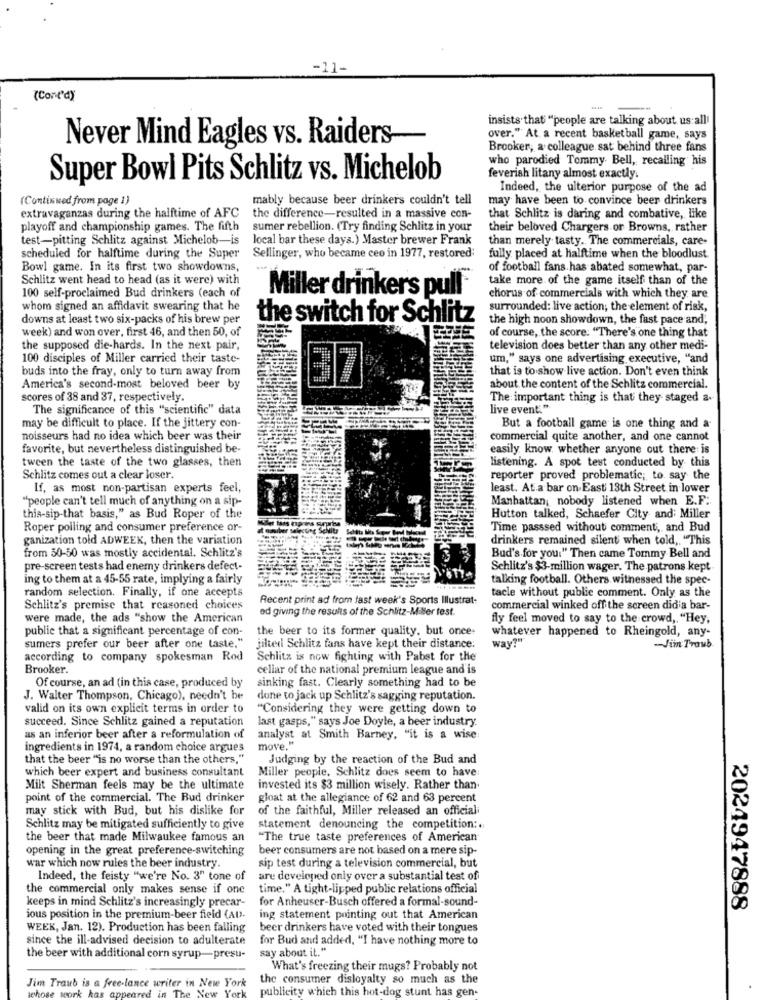
-11-
(Cont'd)
insists that "people are talking about us all'
-
over." At. a recent basketball game, says
Never Mind Eagles vs. Raiders
Brooker, a colleague sat behind three fans
who parodied Tommy Bell, recalling his
Super Bowl Pits Schlitz vs. Michelob
feverish litany almost exactly.
Indeed, the ulterior purpose of the ad
(Continued from page 1)
mably because beer drinkers couldn't tell
may have been to convince beer drinkers
extravaganzas during the halftime of AFC
the difference-resulted in a massive con-
that Schlitz is daring and combative, like
playoff and championship games. The fifth
sumer rebellion. (Try finding Schlitz in your
their beloved Chargers or Browns, rather
test-pitting Schlitz against Michelob-is
local bar these days.) Master brewer Frank
than merely tasty. The commercials, care-
scheduled for halftime during the Super
Sellinger, who became ceo in 1977, restored;
fully placed at halftime when the bloodlust
Bowl game. In its first two showdowns,
of football fans. has abated somewhat, par-
Schlitz went head to head (as it were) with
take more of the game itself than of the
100 self-proclaimed Bud drinkers (each of
Miller drinkers pull*
chorus of commercials with which they are
whom signed an affidavit swearing that he
surrounded: live action; the element of risk,
downs at least two six-packs of his brew per
the switch for Schlitz
the high noon showdown, the fast pace and,
week) and won over, first 46, and then 50, of
of course, the score. "There's one thing that
the supposed die-hards. In the next pair,
television does better than any other medi-
100 disciples of Miller carried their taste-
um," says one advertising executive, "and
buds into the fray, only to turn away from
that is to show live action. Don't even think
America's second-most beloved beer by
about the content of the Schlitz commercial.
scores of 38 and 37, respectively.
The important thing is that they staged a.
The significance of this "scientific" data
live event."
may be difficult to place. If the jittery con-
But a football game is one thing and a
noisseurs had no idea which beer was their
commercial quite another, and one cannot
favorite, but nevertheless distinguished be-
easily know whether anyone out there is
tween the taste of the two glasses, then
listening. A spot test conducted by this
Schlitz comes out a clear loser.
reporter proved problematic; to say the
If, as most non-partisan experts feel,
least. At a bar on East 13th Street in lower
"people can't tell much of anything on a sip-
Manhattan, nobody listened when E.F.
this-sip-that basis," as Bud Roper of the
Hutton talked, Schaefer City and: Miller
Roper polling and consumer preference or-
Time passsed without comment, and Bud
ganization told ADWEEK, then the variation
drinkers remained silent when told, "This
from 50-50 was mostly accidental. Schlitz's
Buď's for you." Then came Tommy Bell and
pre-screen tests had enemy drinkers defect-
Schlitz's $3-million wager. The patrons kept
ing to them at a 45-55 rate, implying a fairly
talking football. Others witnessed the spec-
random selection. Finally, if one accepts
tacle without public comment. Only as the
Recent print ad from fast week's Sports Illustrat-
Schlitz's premise that reasoned choices
ed giving the results of the Schlitz-Miller test.
commercial winked off the screen didia bar-
were made, the ads "show the American
fly feel moved to say to the crowd, "Hey,
publie that a significant percentage of con-
the beer to its former quality. but once-
whatever happened to Rheingold, any-
Way?"
sumers prefer our beer after one taste."
jilted Schlitz fans have kept their distance.
-Jin Traub
according to company spokesman Rod
Schlitz is now fighting with Pabst for the
Brooker.
cellar of the national premium league and is
Of course, an ad (in this case, produced by
sinking fast. Clearly something had to be
J. Walter Thompson, Chicago), needn't be
done to jack up Schlitz's sagging reputation.
valid on its own explicit terms in order to
"Considering they were getting down to
last gasps," says Joe Doyle, a beer industry.
succeed. Since Schlitz gained a reputation
as an inferior beer after a reformulation of
analyst at Smith Barney, "it is a wise
ingredients in 1974, a random choice argues
move."
that the beer "is no worse than the others,"
Judging by the reaction of the Bud and
which beer expert and business consultant
Miller people, Schlitz does seem to have
Milt Sherman feels may be the ultimate
invested its $3 million wisely. Rather than.
point of the commercial. The Bud drinker
gloat at the allegiance of 62 and 63 percent
may stick with Bud, but his dislike for
of the faithful, Miller released an officiali
Schlitz may be mitigated sufficiently to give
statement denouncing the competition :.
the beer that made Milwaukee famous an
"The true taste preferences of American
opening in the great preference-switching
beer consumers are not based on a mere sip-
war which now rules the beer industry.
sip test during a television commercial, but
Indeed, the feisty "we're No. 3" tone of
are developed only over a substantial test of
the commercial only makes sense if one
time." A tight-lipped public relations official
keeps in mind Schlitz's increasingly precar-
for Anheuser-Busch offered a formal-sound-
2024947888
ious position in the premium-beer field (AD.
ing statement pointing out that American
WEEK, Jan. 12). Production has been falling
beer drinkers have voted with their tongues
since the ill-advised decision to adulterate
for Bud and added, "I have nothing more to
say about it."
the beer with additional corn syrup-presu-
What's freezing their mugs? Probably not
Jim Traub is a free-lance writer in New York
the consumer disloyalty so much as the
wchose work kas apper
The New Y
publicity which this hot-dog stunt has gen-
red in